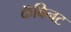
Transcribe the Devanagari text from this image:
कॅबिनट